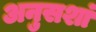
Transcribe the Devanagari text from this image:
अनुसशां